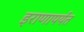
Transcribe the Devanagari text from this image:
इराणापर्यंत